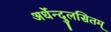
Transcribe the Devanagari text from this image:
अर्धेन्दुलसितम्